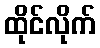
ထိုင်လိုက်